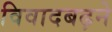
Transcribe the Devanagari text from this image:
विवादबढ़ने